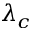
\lambda _ { c }